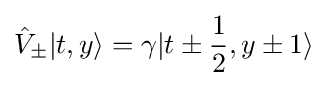
{\hat {V}}_{\pm }|t,y\rangle =\gamma |t\pm {\frac {1}{2}},y\pm 1\rangle